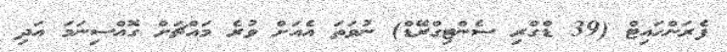
ފެރަންހައިޓް (39 ޑްގްރި ސެންޓިގްރޭޑް) ނުވަތަ އެއަށް ވުރެ މައްޗަށް ގޮއްސިނަމަ އަދި